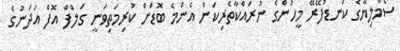
ސޯމާލިޔާގެ ކަނޑުފޭރޭ މީހުންގެ ނުރައްކާތެރިކަން އެންމެ ބޮޑަށް ކުރިމަތިވަނީ ގަލްފް އޮފް އަދަނުގެ